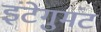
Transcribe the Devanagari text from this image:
इंटेगुमंट